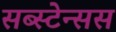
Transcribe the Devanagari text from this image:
सब्स्टेन्सस